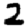
Digit: 2